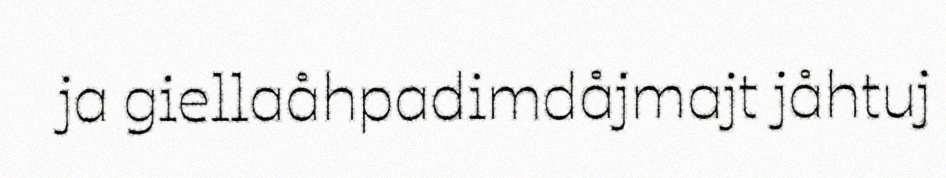
ja giellaåhpadimdåjmajt jåhtuj